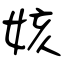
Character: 姟